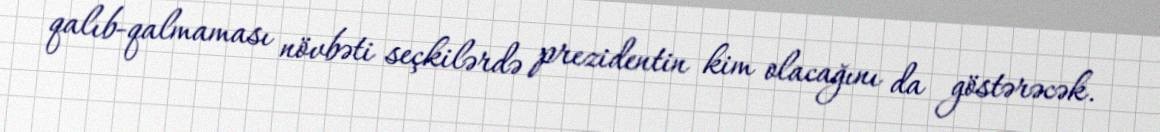
qalıb-qalmaması növbəti seçkilərdə prezidentin kim olacağını da göstərəcək.